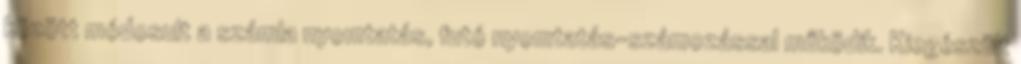
között módosult a számla nyomtatás, futó nyomtatás-számozással működik. Kiegészült